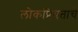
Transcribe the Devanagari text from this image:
लोकप्रियताचे